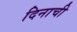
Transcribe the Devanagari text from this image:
दिनाची